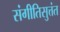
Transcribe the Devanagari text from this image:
संगीतिसुत्तंत